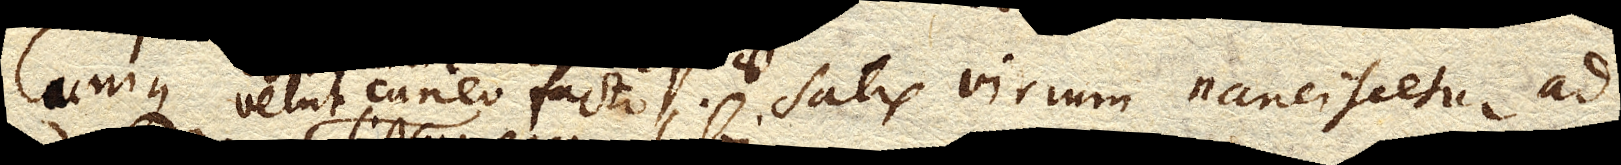
velut cuneo facto satis virium nanciscetur ad